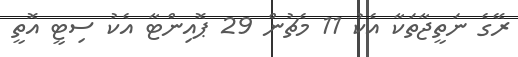
ރޭގެ ނަތީޖާތަކާ އެކު 11 މެޗުން 29 ޕޮއިންޓާ އެކު ސިޓީ އޮތީ